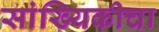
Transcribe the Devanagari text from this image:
सांख्यिकीचा